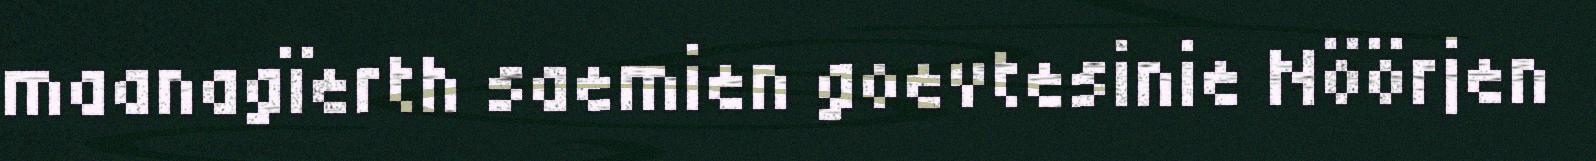
maanagïerth saemien goevtesinie Nöörjen